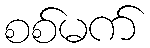
စစ်မက်